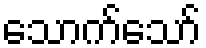
သောက်သော်